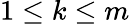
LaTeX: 1\leq k\leq m